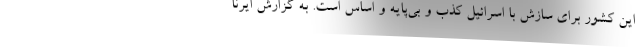
این کشور برای سازش با اسرائیل کذب و بی‌پایه و اساس است. به گزارش ایرنا